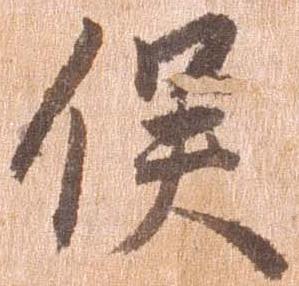
俣